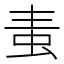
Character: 𧉉